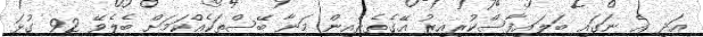
އަދި އެ ނަގައި ބަލައިފާސްކުރިއިރު އޭގެތެރެއިން މަނާ ބޭސްތަކެއްކަމަށް ބެލެވޭ 92 ގުޅަ